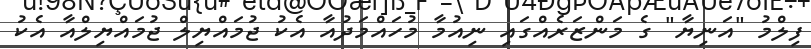
ފިލްމު "އަނިޔާ" ގެ މަންޒަރެއްގައި ނިއުމާ މުހައްމަދުއާ އެކު ޖުމައްޔިލް ޖުމައްޔިލްއާ އެކު